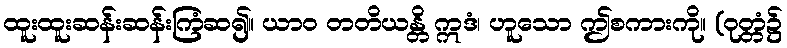
ထူးထူးဆန်းဆန်းကြံဆ၍။ ယာဝ တတိယန္တိ ဣဒံ၊ ဟူသော ဤစကားကို။ (ဝုတ္တံ၌